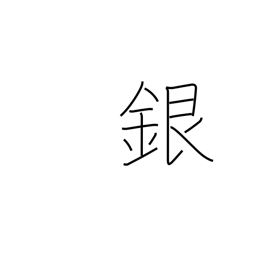
Meaning: silver